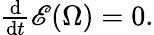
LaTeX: \begin{array}{r}{\frac{\mathrm{d}}{\mathrm{d}t}\mathscr{E}(\Omega)=0.}\end{array}